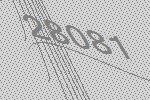
28081